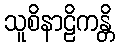
သူစိနာဠိကန္တိ